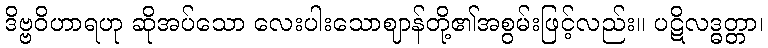
ဒိဗ္ဗဝိဟာရဟု ဆိုအပ်သော လေးပါးသောဈာန်တို့၏အစွမ်းဖြင့်လည်း။ ပဋိလဒ္ဓတ္တာ၊